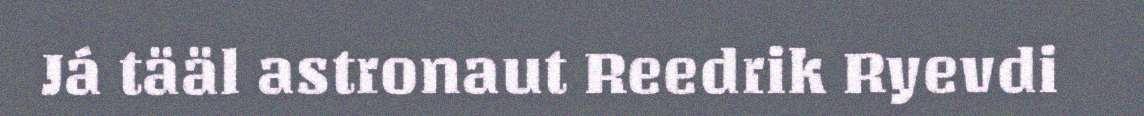
Já tääl astronaut Reedrik Ryevdi